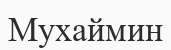
Мухаймин